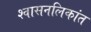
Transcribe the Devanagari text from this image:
श्‍वासनलिकांत